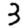
Digit: 3